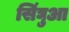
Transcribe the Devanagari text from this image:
सिंघुआ